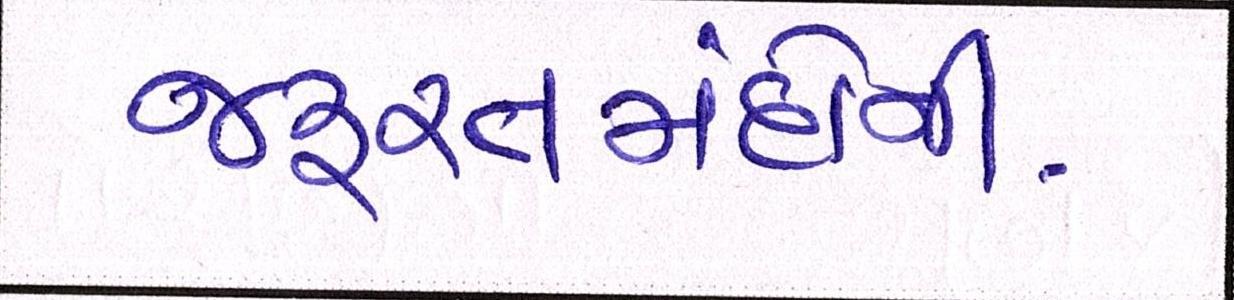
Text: જરૂરતમંદોની